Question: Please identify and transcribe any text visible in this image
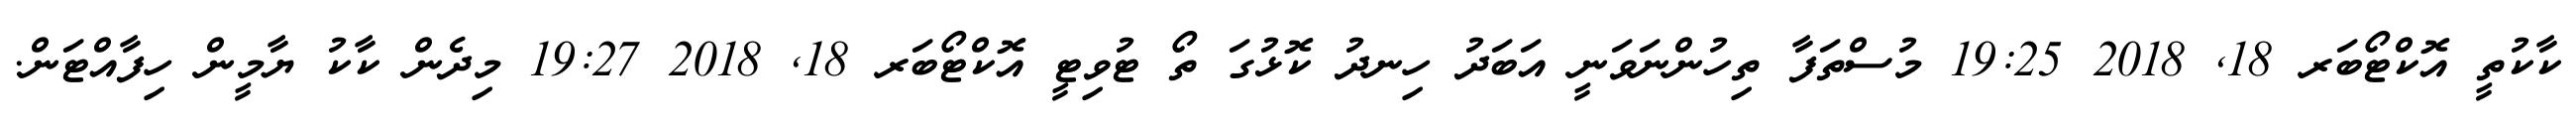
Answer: ކާކުތީ އޮކްޓޯބަރ 18, 2018 19:25 މުސްތަފާ ތިހުންނަވަނީ އަބަދު ހިނދު ކޮޅުގަ ތޯ ޓުވިޓީ އޮކްޓޯބަރ 18, 2018 19:27 މިދެން ކާކު ޔާމީން ހިފާއްޓަން.